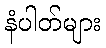
နံပါတ်များ